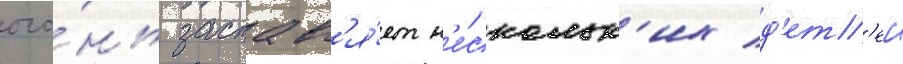
ого́нь заставл'я́ет н'е́скольк'их д'ет'еи